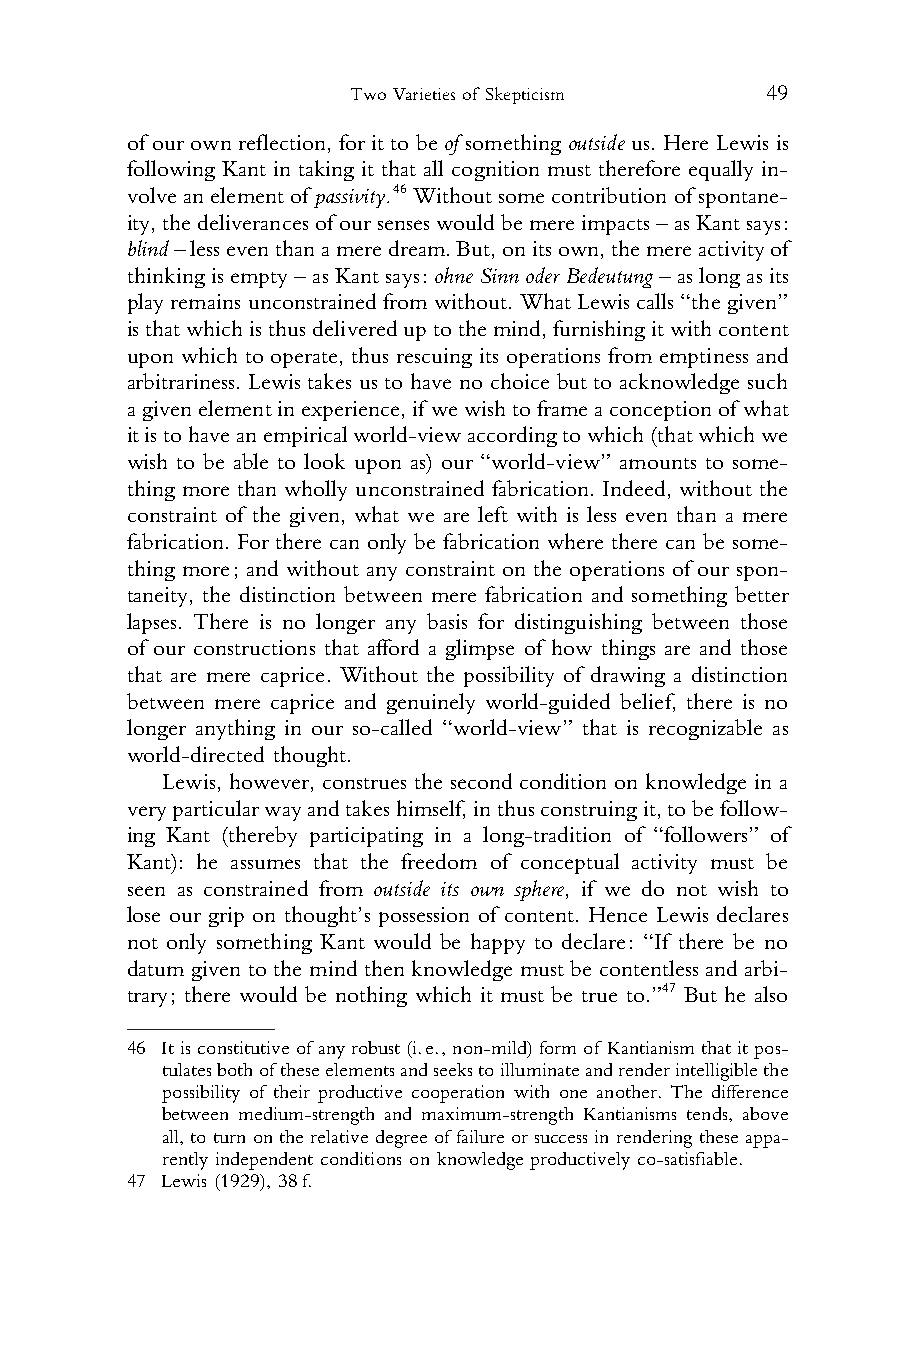
Two Varieties of Skepticism 49
 1 of our own reflection, for it to be of something outside us. Here Lewis is
 2 following Kant in taking it that all cognition must therefore equally in-
 3
 volveanelementofpassivity.46Withoutsomecontributionofspontane-
 4 ity,thedeliverancesofoursenseswouldbemereimpacts–asKantsays:
 5 blind–lesseventhanameredream.But,onitsown,themereactivityof
 6 thinkingisempty–asKantsays:ohneSinnoderBedeutung –aslong asits
 7 playremainsunconstrained fromwithout. WhatLewiscalls“the given”
 8 isthatwhichisthusdelivereduptothemind,furnishingitwithcontent
 9 upon which to operate, thus rescuing its operations from emptiness and
 10 arbitrariness. Lewis takes us to have no choice but to acknowledge such
 11 agivenelementinexperience,if wewishtoframeaconceptionof what
 12 itistohaveanempiricalworld-viewaccordingtowhich(thatwhichwe
 13 wish to be able to look upon as) our “world-view” amounts to some-
 14 thing more than wholly unconstrained fabrication. Indeed, without the
 15 constraint of the given, what we are left with is less even than a mere
 16 fabrication. For there can only be fabrication where there can be some-
 17 thing more; and without any constraint on the operations of our spon-
 18 taneity, the distinction between mere fabrication and something better
 19 lapses. There is no longer any basis for distinguishing between those
 20 of our constructions that afford a glimpse of how things are and those
 21 that are mere caprice. Without the possibility of drawing a distinction
 22 between mere caprice and genuinely world-guided belief, there is no
 23 longer anything in our so-called “world-view” that is recognizable as
 24 world-directed thought.
 25    Lewis, however, construes the second condition on knowledge in a
 26 veryparticularwayandtakeshimself,inthusconstruingit,tobefollow-
 27 ing Kant (thereby participating in a long-tradition of “followers” of
 28 Kant): he assumes that the freedom of conceptual activity must be
 29 seen as constrained from outside its own sphere, if we do not wish to
 30 lose our grip on thought’s possession of content. Hence Lewis declares
 31 not only something Kant would be happy to declare: “If there be no
 32 datum given to the mind then knowledge must be contentless and arbi-
 33 trary; there would be nothing which it must be true to.”47 But he also
 34
 35 46 Itisconstitutiveofanyrobust(i.e.,non-mild)formof Kantianismthatitpos-
 36    tulatesbothoftheseelementsandseekstoilluminateandrenderintelligiblethe
 possibility of their productive cooperation with one another. The difference
 37
 between medium-strength and maximum-strength Kantianisms tends, above
 38
 all,toturn ontherelative degreeoffailureorsuccess inrendering theseappa-
 39    rently independent conditions on knowledge productively co-satisfiable.
 40 47 Lewis (1929), 38f.